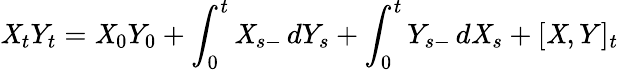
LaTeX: \mathit{X}_{t}Y_{t}=\mathit{X}_{0}Y_{0}+\int_{0}^{t}\mathit{X}_{s-}\, dY_{s}+\int_{0}^{t}Y_{s-}\, d\mathit{X}_{s}+[\mathit{X},Y]_{t}